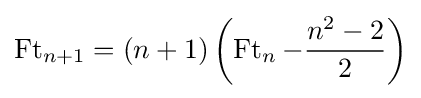
\operatorname {Ft} _{n+1}=(n+1)\left(\operatorname {Ft} _{n}-{\frac {n^{2}-2}{2}}\right)